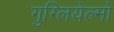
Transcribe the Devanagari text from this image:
गुग्लियेल्मो